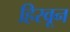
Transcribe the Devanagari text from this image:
हिरवून